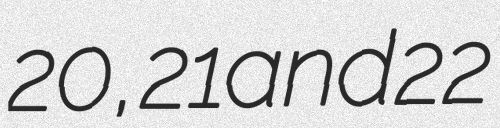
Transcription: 20, 21 and 22